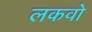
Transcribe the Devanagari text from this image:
लकवो